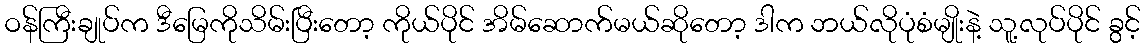
ဝန်ကြီးချုပ်က ဒီမြေကိုသိမ်းပြီးတော့ ကိုယ်ပိုင် အိမ်ဆောက်မယ်ဆိုတော့ ဒါက ဘယ်လိုပုံစံမျိုးနဲ့ သူ့လုပ်ပိုင် ခွင့်